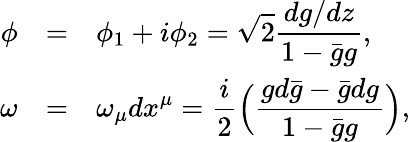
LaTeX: \begin{array}{rcl}{{\phi}}&{{=}}&{{\displaystyle\phi_{1}+i\phi_{2}=\sqrt{2}\frac{dg/dz}{1-\bar{g}g},}}\\ {{\omega}}&{{=}}&{{\displaystyle\omega_{\mu}dx^{\mu}=\frac{i}{2}\Big(\frac{gd\bar{g}-\bar{g}dg}{1-\bar{g}g}\Big),}}\end{array}